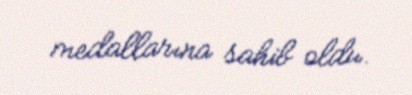
medallarına sahib oldu.